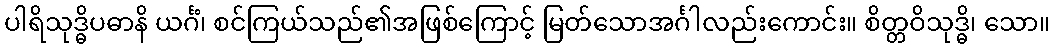
ပါရိသုဒ္ဓိပဓာနိ ယင်္ဂံ၊ စင်ကြယ်သည်၏အဖြစ်ကြောင့် မြတ်သောအင်္ဂါလည်းကောင်း။ စိတ္တဝိသုဒ္ဓိ၊ သော။